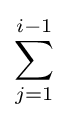
\sum _{j=1}^{i-1}